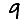
Digit: 9